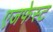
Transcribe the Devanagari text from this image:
एजफेस्ट